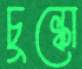
চুল্‌কো